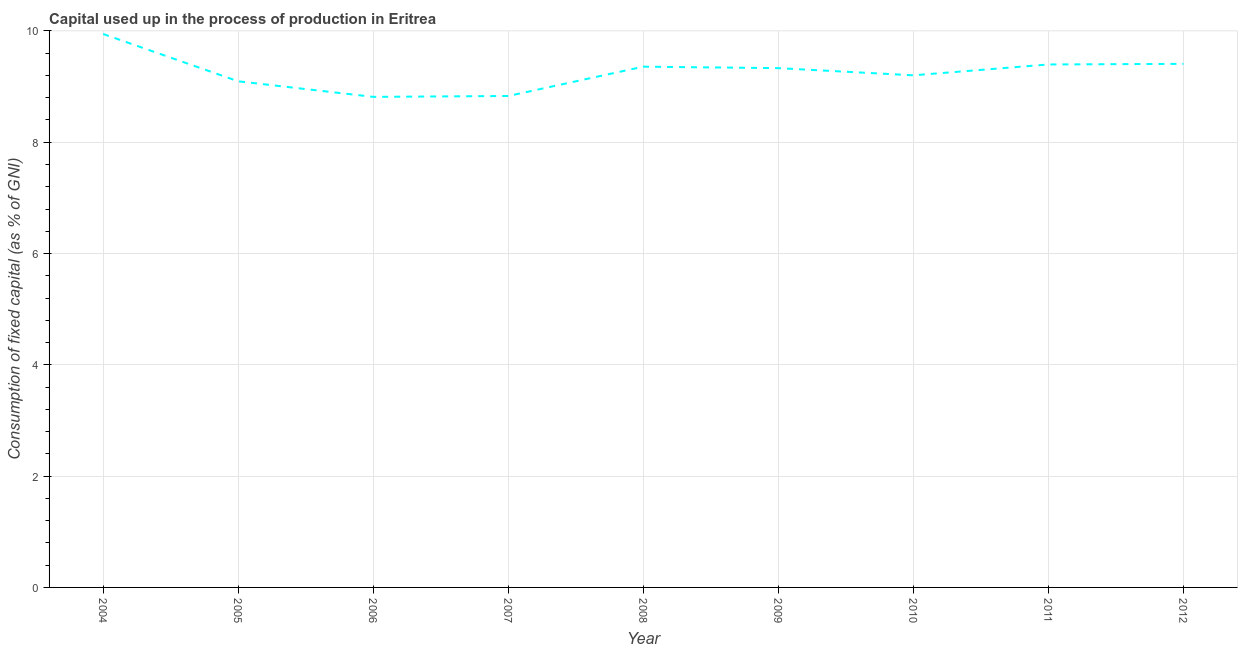
| Year | Consumption of fixed capital |
 | --- | --- |
 | 2004 | 9.95 |
 | 2005 | 9.09 |
 | 2006 | 8.82 |
 | 2007 | 8.83 |
 | 2008 | 9.36 |
 | 2009 | 9.33 |
 | 2010 | 9.2 |
 | 2011 | 9.4 |
 | 2012 | 9.41 |